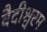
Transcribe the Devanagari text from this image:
वैदीश्वरम